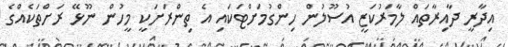
އިދާރީ ދާއިރާތައް ލާމަރުކަޒީ އުސޫލުން ހިންގުމަށްޓަކައި އެ ތިންރަށަކީ މީހުން ނޫޅޭ ރަށްތަކެއްގެ